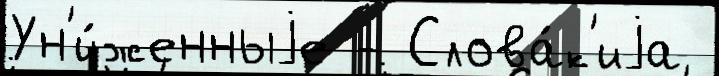
Ун'и́женныjе - Слова́к'иjа